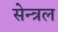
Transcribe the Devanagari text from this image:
सेन्त्रल